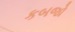
કબજો